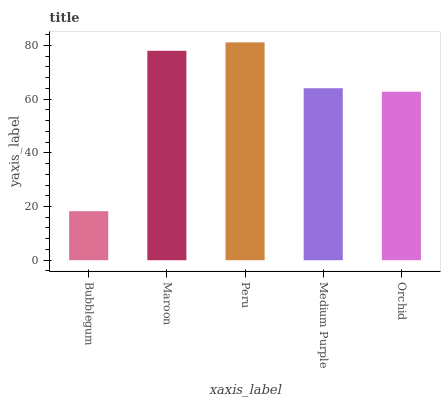
| xaxis_label | bars |
 | --- | --- |
 | Bubblegum | 18.3 |
 | Maroon | 78 |
 | Peru | 81.1 |
 | Medium Purple | 64 |
 | Orchid | 62.7 |